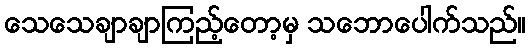
သေသေချာချာကြည့်တော့မှ သဘောပေါက်သည်။